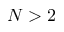
N > 2